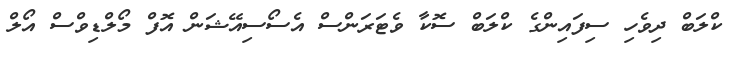
ކްލަބް ދިވެހި ސިފައިންގެ ކްލަބް ސޮކާ ވެޓަރަންސް އެސޯސިއޭޝަން އޮފް މޯލްޑިވްސް އޯލް